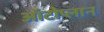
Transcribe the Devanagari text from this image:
ऑटोप्लान